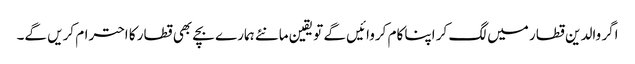
اگر والدین قطار میں لگ کر اپنا کام کروائیں گے تو یقین مانئے ہمارے بچے بھی قطار کا احترام کریں گے۔